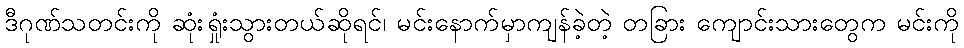
ဒီဂုဏ်သတင်းကို ဆုံးရှုံးသွားတယ်ဆိုရင်၊ မင်းနောက်မှာကျန်ခဲ့တဲ့ တခြား ကျောင်းသားတွေက မင်းကို